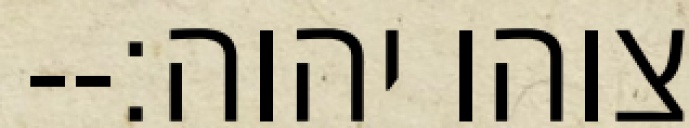
צוהו יהוה׃--